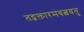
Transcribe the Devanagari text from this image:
तद्वक्तारमवत्ववतु